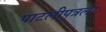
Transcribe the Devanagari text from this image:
पाटलीपुत्रला